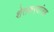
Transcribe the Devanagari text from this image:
शेतकर्‍यांसह